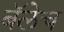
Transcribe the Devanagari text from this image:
बॅलेच